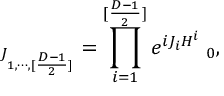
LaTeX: { \bf \Phi } _ { J _ { 1 , \cdots , [ { \frac { D - 1 } { 2 } } ] } } = \prod _ { i = 1 } ^ { [ { \frac { D - 1 } { 2 } } ] } e ^ { { i J _ { i } H ^ { i } } } { \bf \Phi } _ { 0 } ,